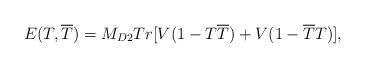
LaTeX: \begin{align*}E(T,\overline{T})=M_{D2}Tr[V(1-T\overline{T})+V(1-\overline{T}T)],\end{align*}